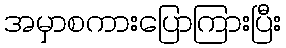
အမှာစကားပြောကြားပြီး